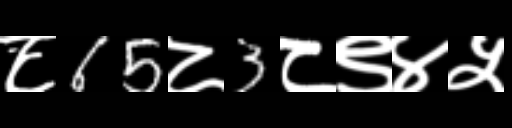
Text: ८65८3८९४५